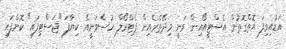
އަޑުއިވިފަ އޮތްގޮތުން އެސްޓީއޯއިން ވަނީ މިދޭތެރެއިން ޕެޓްރޯލް ހުސްވަނީއޭ ކިޔާފަ "ޖަސްޓިފައި" ކޮށްފައި